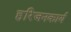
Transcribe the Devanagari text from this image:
हरिजनकार्य